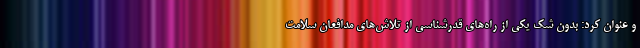
و عنوان کرد: بدون شک یکی از راه‌های قدرشناسی از تلاش‌های مدافعان سلامت